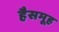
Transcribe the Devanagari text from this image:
हैसमूह